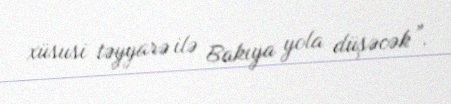
xüsusi təyyarə ilə Bakıya yola düşəcək”.